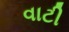
વાટી